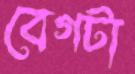
বেগটা